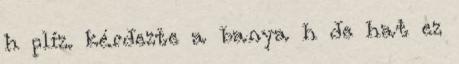
h plíz. kérdezte a banya h de hat ez